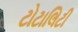
ટોટાલિટી